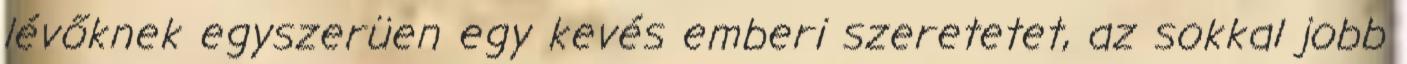
lévőknek egyszerüen egy kevés emberi szeretetet, az sokkal jobb